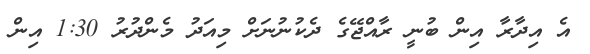
އެ އިދާރާ އިން ބުނީ ރާއްޖޭގެ ދެކުނުނަށް މިއަދު މެންދުރު 1:30 އިން